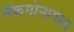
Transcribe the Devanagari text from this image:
मॅकगोनागाल